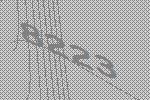
8223